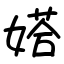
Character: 㜓